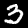
Digit: 3